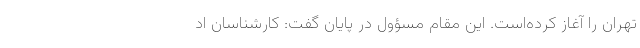
تهران را آغاز کرده‌است. این مقام مسؤول در پایان گفت: کارشناسان اد